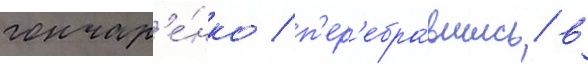
гончар'е́нко / п'ер'ебра́вшись в